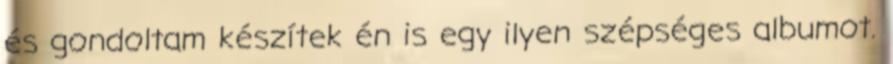
és gondoltam készítek én is egy ilyen szépséges albumot.